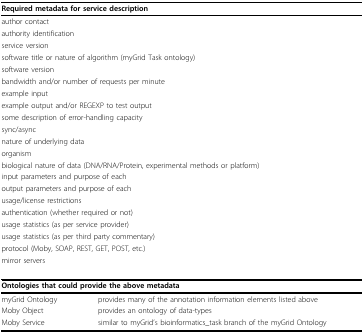
| <COLSPAN=2> Required metadata for service description |
 | --- | --- |
 | <COLSPAN=2> author contact |
 | <COLSPAN=2> authority identification |
 | <COLSPAN=2> service version |
 | <COLSPAN=2> software title or nature of algorithm (myGrid Task ontology) |
 | <COLSPAN=2> software version |
 | <COLSPAN=2> bandwidth and/or number of requests per minute |
 | <COLSPAN=2> example input |
 | <COLSPAN=2> example output and/or REGEXP to test output |
 | <COLSPAN=2> some description of error-handling capacity |
 | <COLSPAN=2> sync/async |
 | <COLSPAN=2> nature of underlying data |
 | <COLSPAN=2> organism |
 | <COLSPAN=2> biological nature of data (DNA/RNA/Protein, experimental methods or platform) |
 | <COLSPAN=2> input parameters and purpose of each |
 | <COLSPAN=2> output parameters and purpose of each |
 | <COLSPAN=2> usage/license restrictions |
 | <COLSPAN=2> authentication (whether required or not) |
 | <COLSPAN=2> usage statistics (as per service provider) |
 | <COLSPAN=2> usage statistics (as per third party commentary) |
 | <COLSPAN=2> protocol (Moby, SOAP, REST, GET, POST, etc.) |
 | <COLSPAN=2> mirror servers |
 | <COLSPAN=2> Ontologies that could provide the above metadata |
 | myGrid Ontology | provides many of the annotation information elements listed above |
 | Moby Object | provides an ontology of data-types |
 | Moby Service | similar to myGrid's bioinformatics_task branch of the myGrid Ontology |